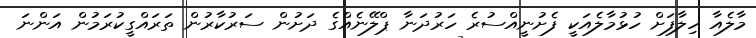
މާލެއާ ހިލާފަށް ހުޅުމާލެއަކީ ފެށުނީއްސުރެ ހަރުދަނާ ޕްލޭނެއްގެ ދަށުން ސަރުކާރުން ތަރައްގީކުރަމުން އަންނަ